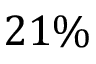
2 1 \%